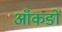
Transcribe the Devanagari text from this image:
आँकङों